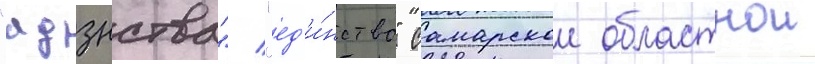
"адзнства"/ "ед'и́нство" самарскои областнои